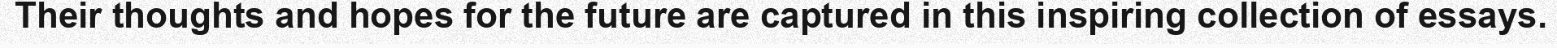
Their thoughts and hopes for the future are captured in this inspiring collection of essays.